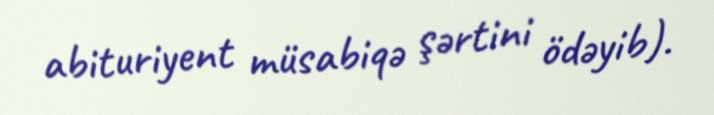
abituriyent müsabiqə şərtini ödəyib).